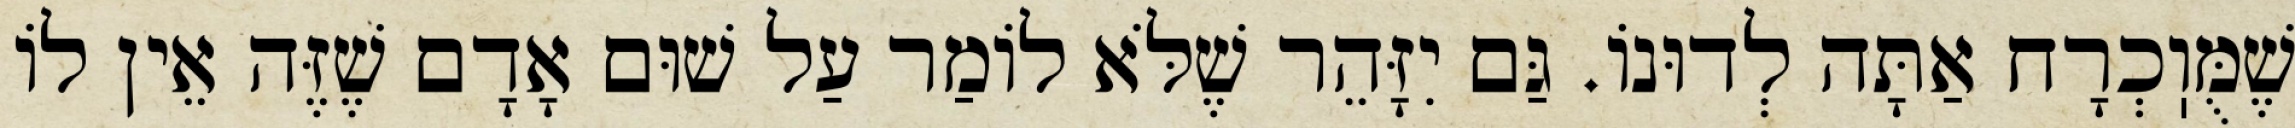
שֶׁמֻּוֽכְרָח אַתָּה לְדוּנוֹ. גַּם יִזָּהֵר שֶׁלֹּא לוֹמַר עַל שׁוּם אָדָם שֶׁזֶּה אֵין לוֹ